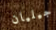
جيليان